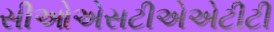
સીઓએસટીએએટીટી